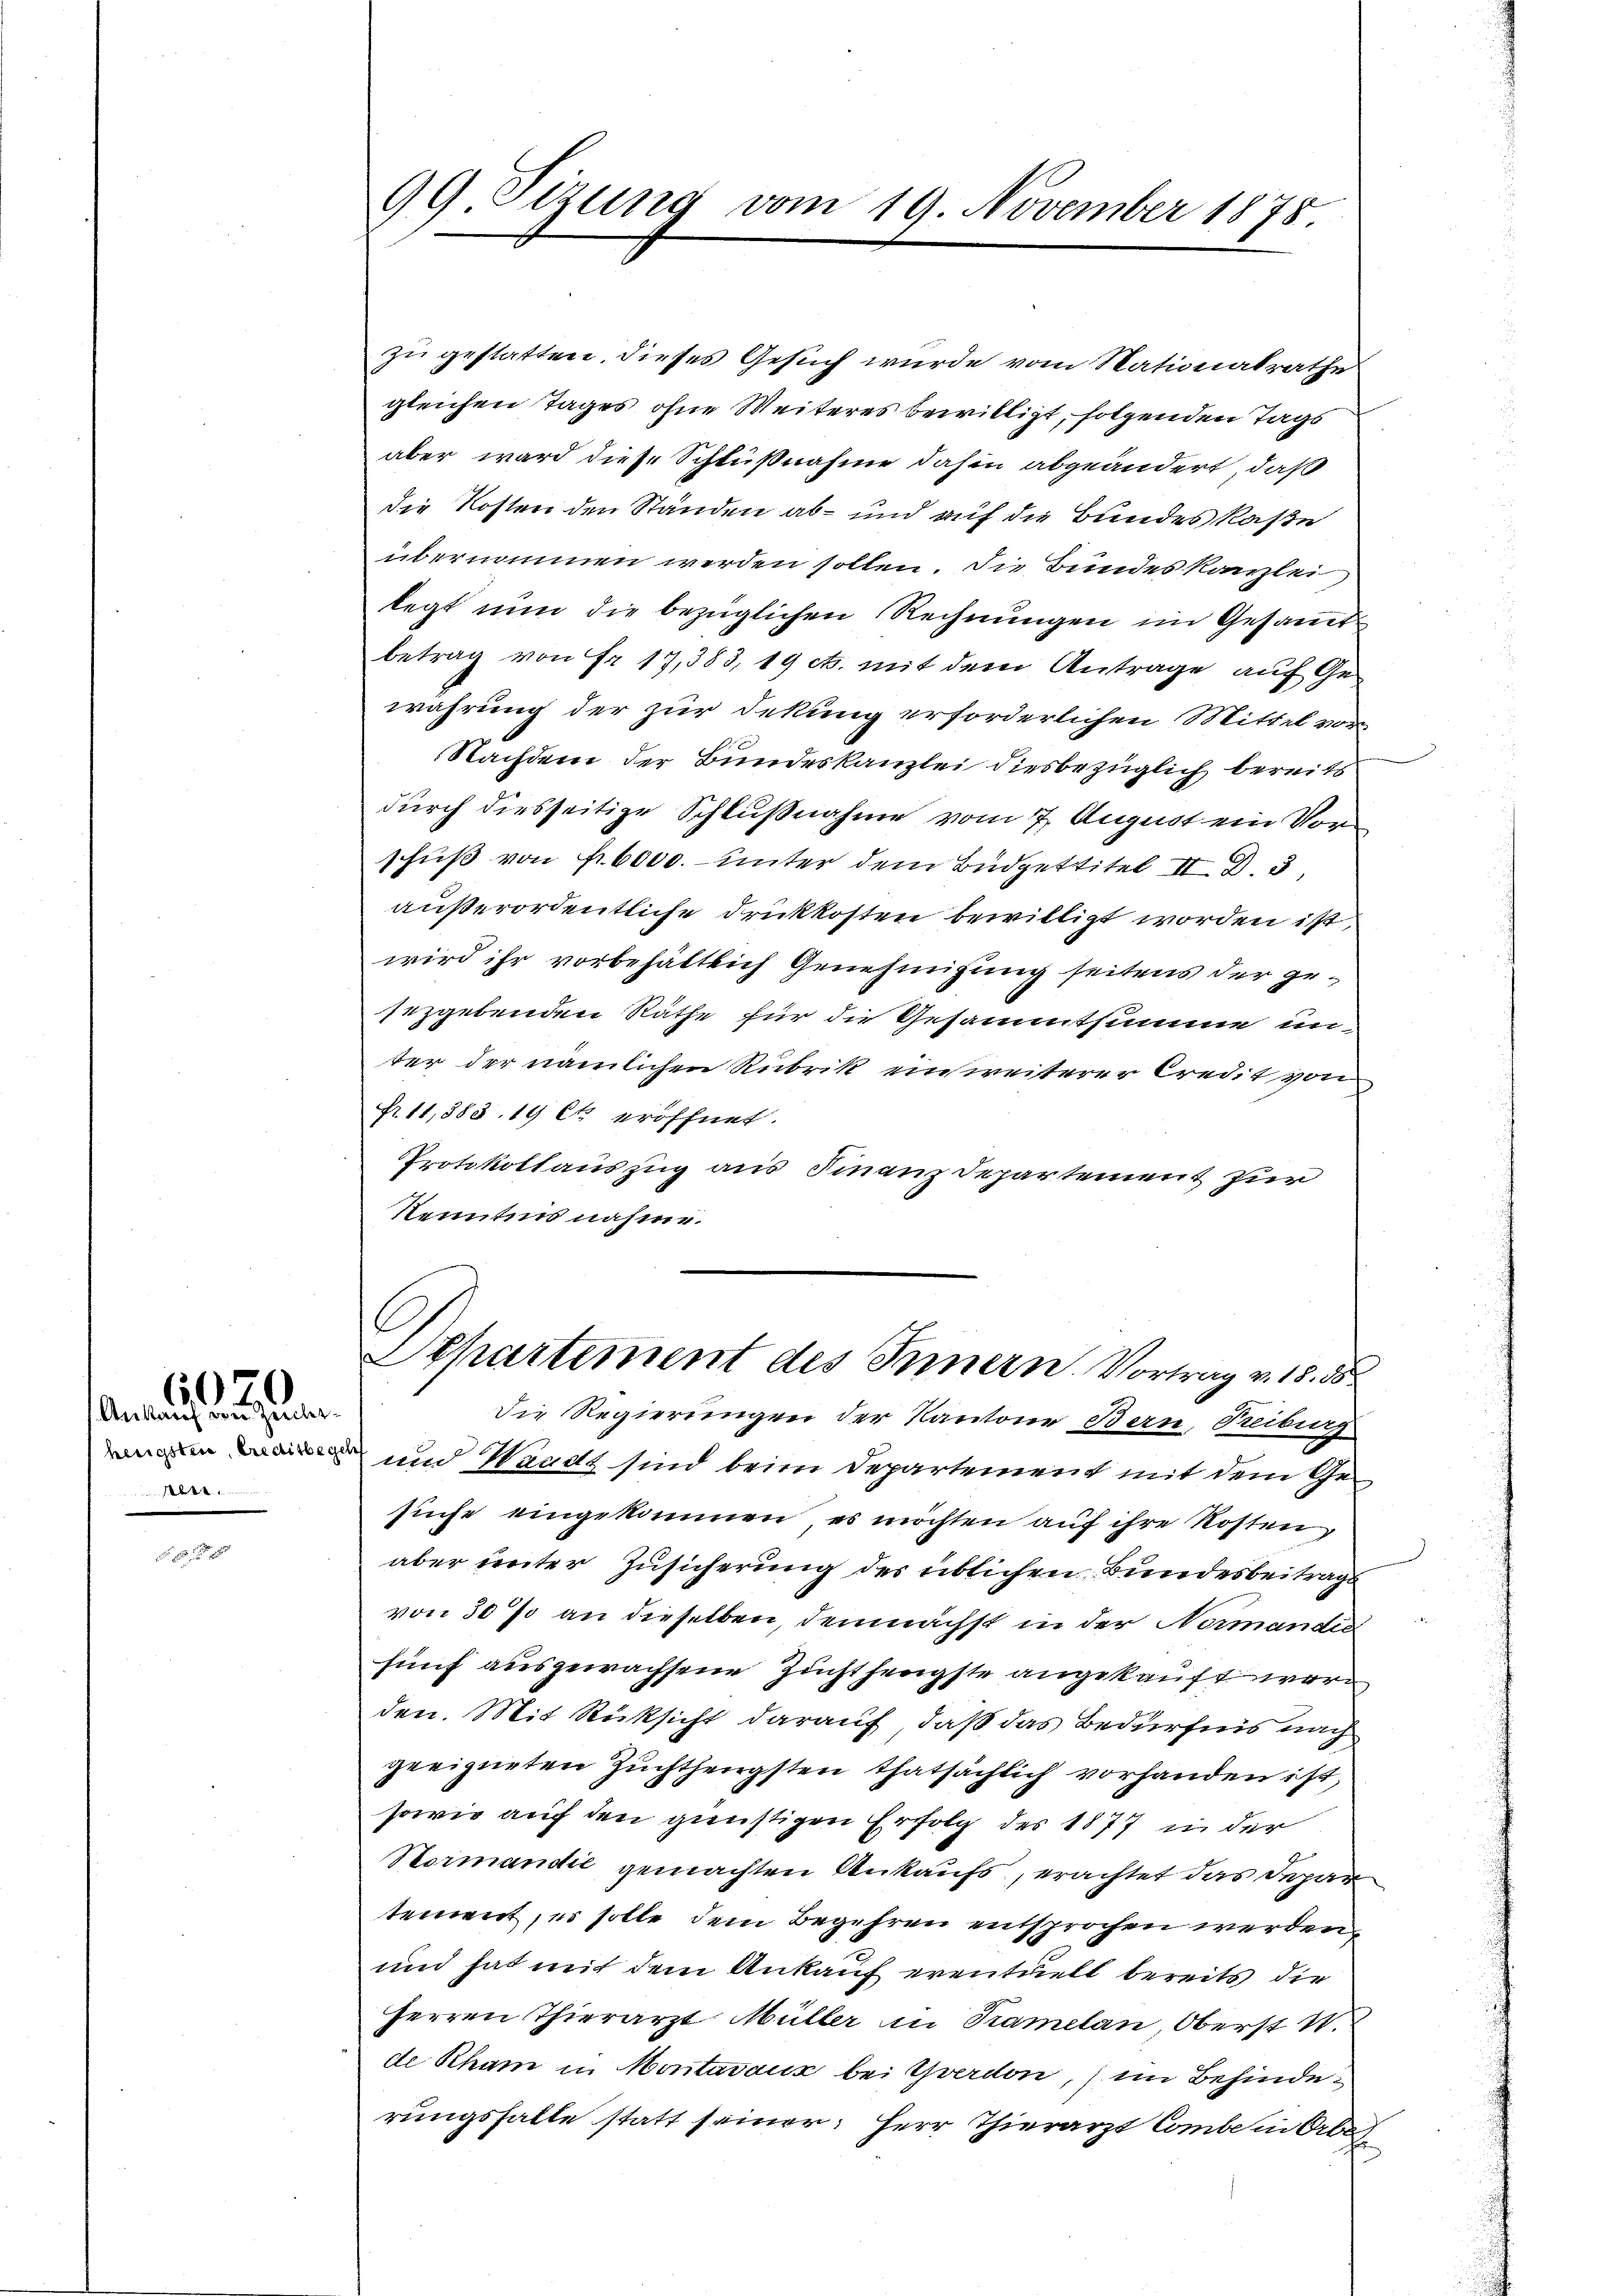
6070

Ankauf von Zuchter¬
.

99. Sizung vom 19. November 1878.

zu gestatten, dieses Gesuch wurde vom Nationalrathe
gleichen Tages ohne Weiteres bewilligt, folgenden Tags
aber ward diese Schlußnahme dahin abgeändert, daß
die Kosten den Ständen ab- und auf die Bundes kase
übernommen werden sollen. Die Bundeskanzlei
legt nun die bezüglichen Rechnungen im Gesammt
betrag von Fr. 17,383, 19 cts. mit dem Antrage auf Gewahrung der zur Dekung erforderlichen Mittel von
Nachdem der Bundeskanzlei diesbezüglich bereits
durch diesseitige Schlußnahme vom 7. August ein Vorschuß von f. 6000. unter dem Büdgettitel II S. 3
außerordentliche Druckkosten bewilligt worden ist,
wird ihr vorbehältlich Genehmigung seitens der gesezgebenden Räthe für die Gesammtsumme unter der nämlichen Rubrik einweiterer Credit von
Fr. 11,883. 19 Ct. eröffnet.
Protokollauszug aus Finanzdepartement zur
Renntnis nahme.

Separtement des Innern. Vortrag v. 18. 58

Die Regierungen der Kantone Bern, Treiburg
 und Waadt sind beim Departement mit dem Gesuche eingekommen, es möchten auf ihre Kosten
wegen
aber unter Zusicherung des üblichen Bundesbeitrags
von 30% an dieselben, demnächst in der Normandig
fünf ausgewachsene Zuchthenigste angekauft werden. Mit Rücksicht darauf, daß das Bedürfnis nach
geeigneten Zuchthengsten thatsächlich vorhanden ist,
sowie auf den günstigen Erfolg des 1877 in der
9
Normandić gemachten Ankaufs, erachtet das Depar
tement, es solle dem Begehren entsprochen werden
und hat mit dem Ankauf eventuell bereits die
Herren Thierarzt Müller in Tramelan, Oberst V.
de Rham in Montaraus bei Yverdon, im Behinderungsfalle statt seiner Herr Thierarzt Comber Erbe